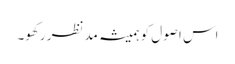
اس اصول کو ہمیشہ مدنظر رکھو۔